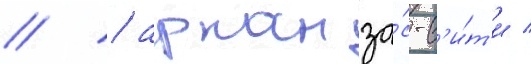
// / арканза́с-с'и́т'и /